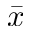
\bar { x }